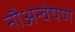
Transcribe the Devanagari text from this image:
नौअन्वेषण